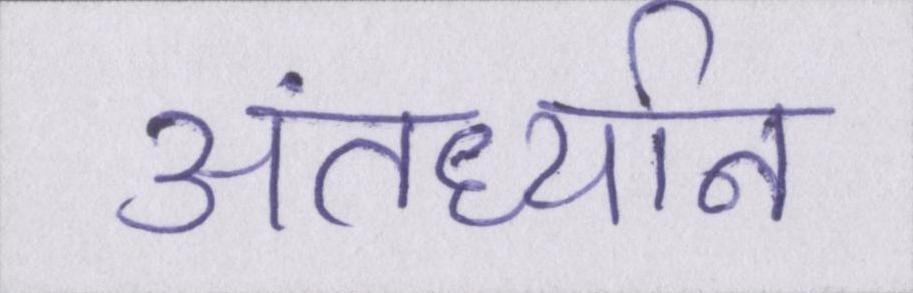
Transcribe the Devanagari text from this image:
अंतर्ध्यान